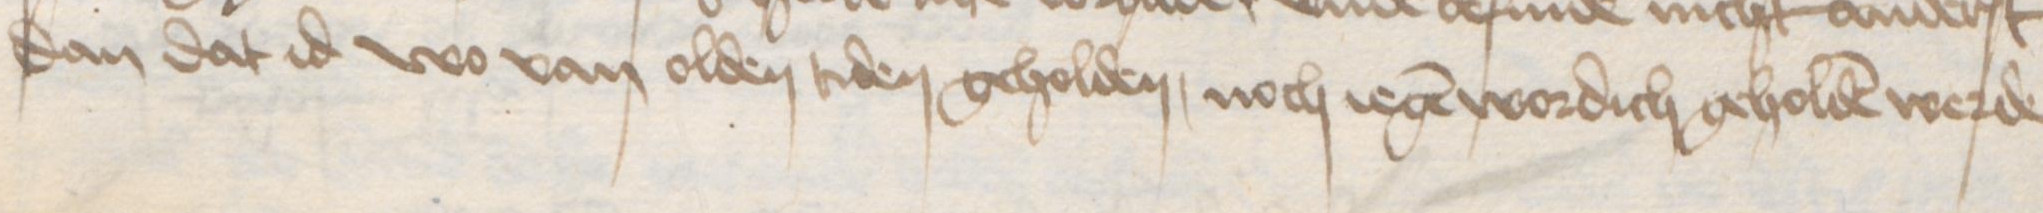
dan dat id wo van olden tiden geholden, noch iegen wordich geholden werde